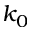
k _ { 0 }